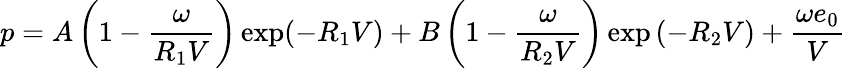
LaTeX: p=A\left(1-{\frac{\omega}{R_{1}V}}\right)\exp(-R_{1}V)+B\left(1-{\frac{\omega}{R_{2}V}}\right)\exp\left(-R_{2}V\right)+{\frac{\omega e_{0}}{V}}